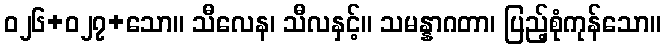
ဝ၂၆+၀၂၇+သော။ သီလေန၊ သီလနှင့်။ သမန္နာဂတာ၊ ပြည့်စုံကုန်သော။